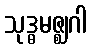
သုဒ္ဓမဇ္ဈဂါ